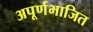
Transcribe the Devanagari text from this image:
अपूर्णभाजित